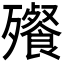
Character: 𬆝